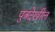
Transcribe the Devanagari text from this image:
पुत्रदेखील